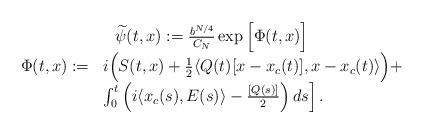
LaTeX: \begin{align*} \begin{array}{c}\widetilde{\psi}(t,x):= \frac{b^{N/4}}{C_N} \exp\Big[ \Phi(t,x) \Big] \\\begin{array}{ll}\Phi(t,x):= & i \Big( S(t,x)+\frac{1}{2}\langle Q(t) [x-x_c(t)],x-x_c(t)\rangle \Big) +\\ & \int_0^t \left(i \langle x_c(s),E(s)\rangle - \frac{[Q(s)]}{2} \right) ds \Big]\,.\end{array}\end{array}\end{align*}